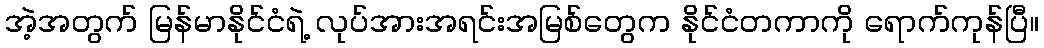
အဲ့အတွက် မြန်မာနိုင်ငံရဲ့ လုပ်အားအရင်းအမြစ်တွေက နိုင်ငံတကာကို ရောက်ကုန်ပြီ။